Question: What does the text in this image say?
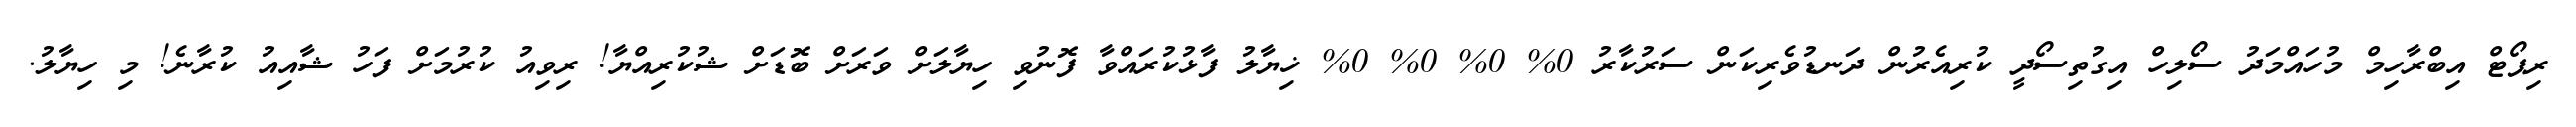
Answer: ރިޕޯޓް އިބްރާހިމް މުހައްމަދު ސޯލިހް އިގުތިސޯދީ ކުރިއެރުން ދަނޑުވެރިކަން ސަރުކާރު 0% 0% 0% 0% ޚިޔާލު ފާޅުކުރައްވާ ފޮނުވި ހިޔާލަށް ވަރަށް ބޮޑަށް ޝުކުރިއްޔާ! ރިވިއު ކުރުމަށް ފަހު ޝާއިއު ކުރާނެ! މި ހިޔާލު.